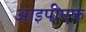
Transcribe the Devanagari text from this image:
आइपीएफ